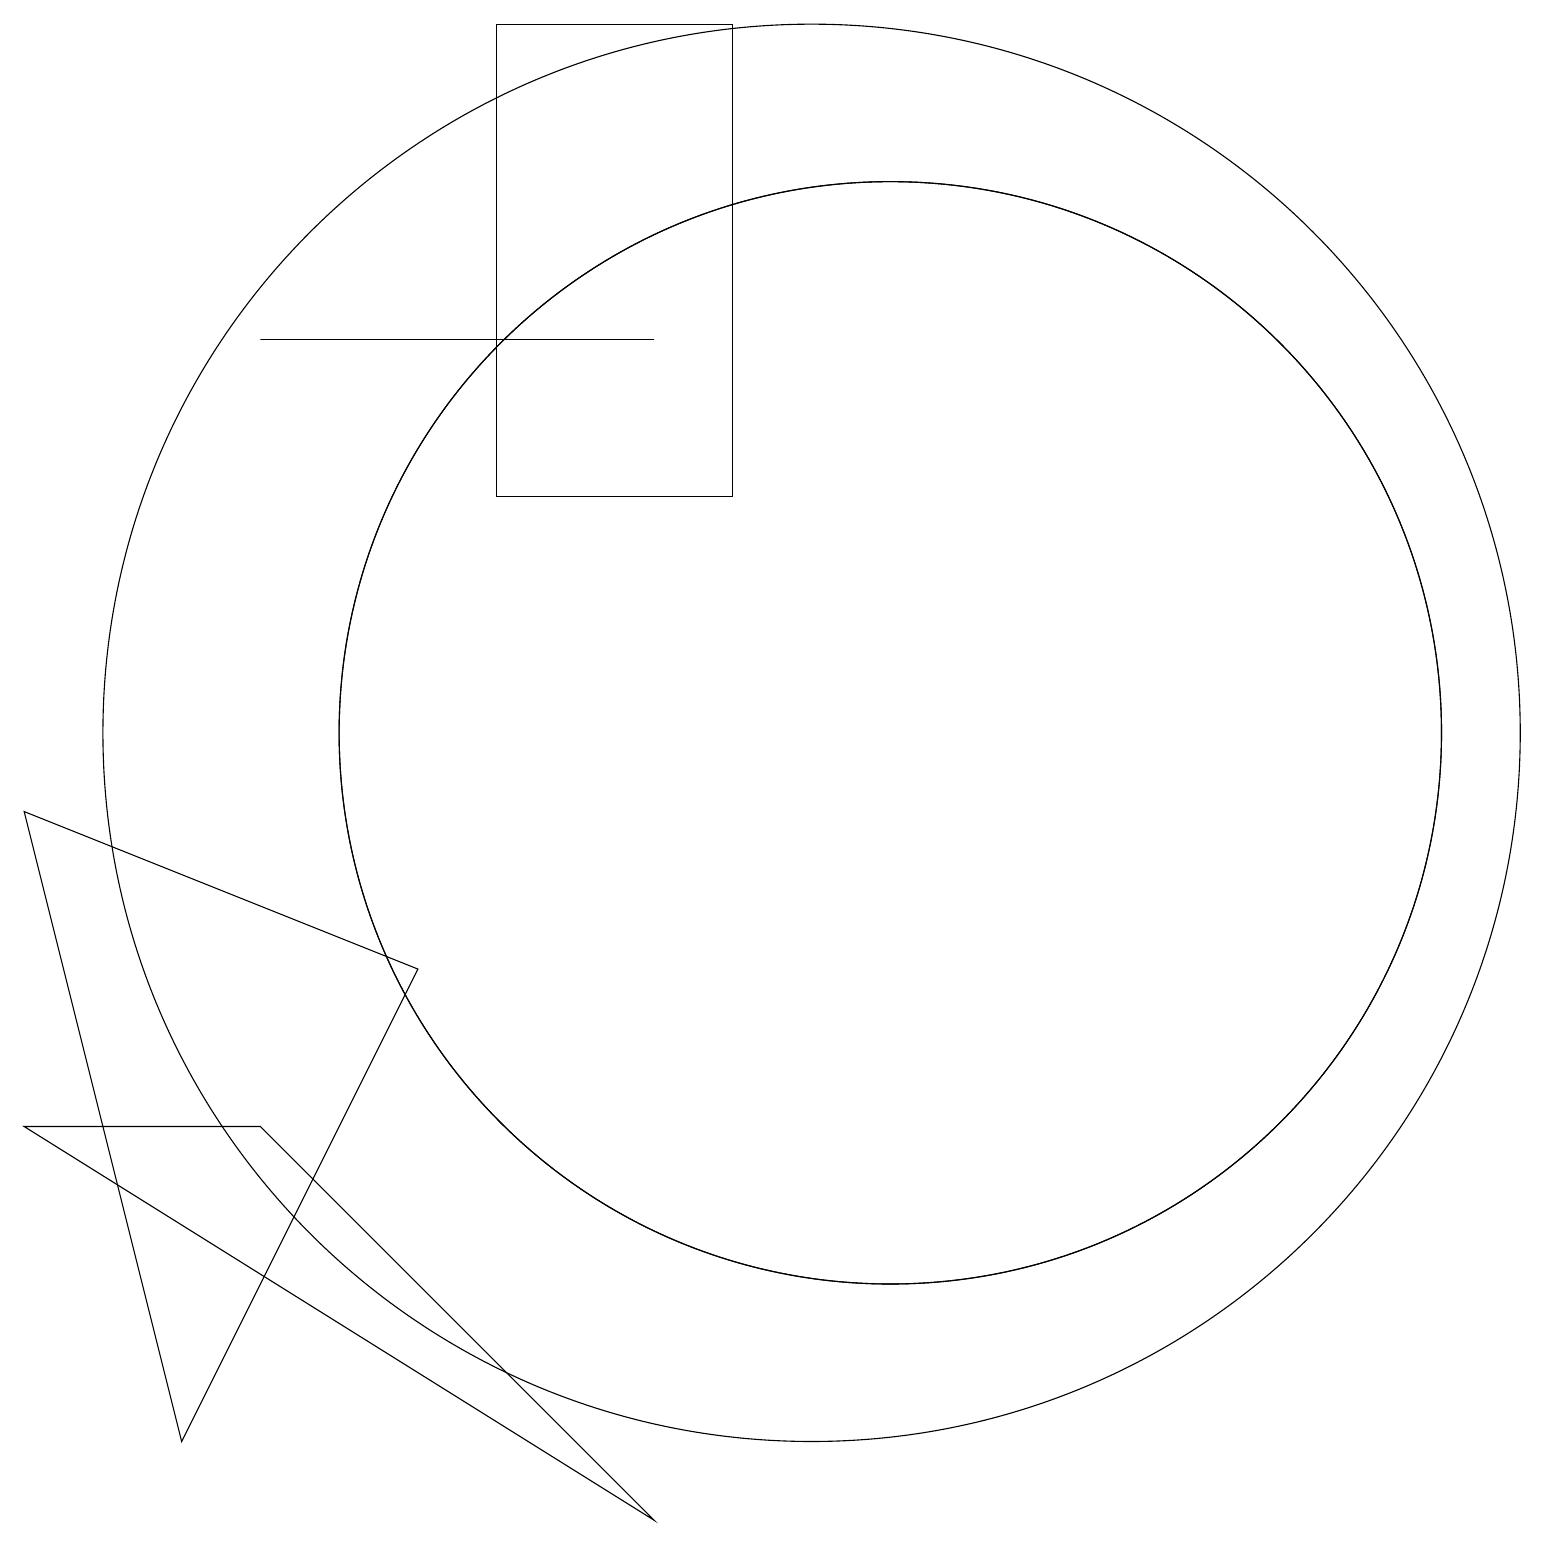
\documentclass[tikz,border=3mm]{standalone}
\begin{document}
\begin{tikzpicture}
\draw (6,19) rectangle (9,13);
\draw (0,5) -- (3,5) -- (8,0) -- cycle;
\draw (11,10) circle (7);
\draw (10,10) circle (9);
\draw (0,9) -- (5,7) -- (2,1) -- cycle;
\draw (11,10) circle (7);
\draw (8,15) rectangle (3,15);
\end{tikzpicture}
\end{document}